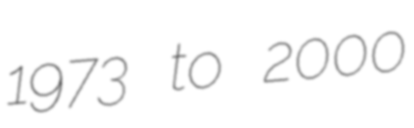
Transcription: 1973 to 2000